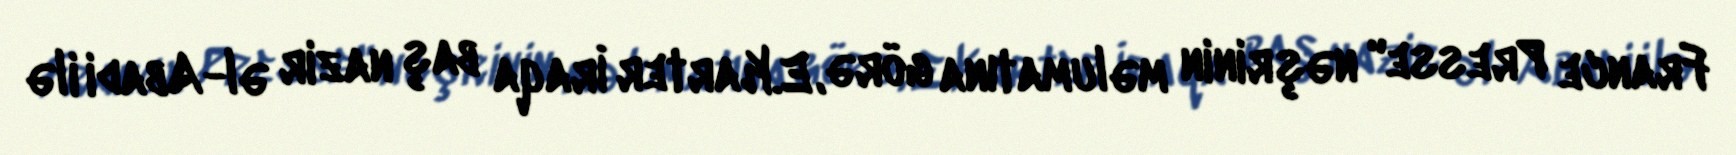
France Presse" nəşrinin məlumatına görə, E.Karter İraqa baş nazir əl-Abadi ilə